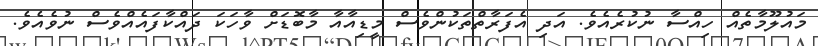
މައުލޫމާތެއް ހިއްސާ ނުކުރެއެވެ. އަދި އެފަރާތްތަކުންވެސް މީޑިއާއާ މާބޮޑަށް ވާހަކަ ދައްކާފައެއްވެސް ނުވެއެވެ.